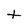
Character: t